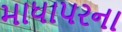
માધાપરના